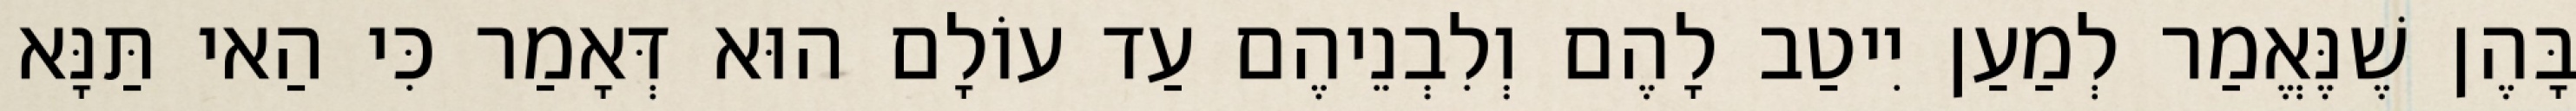
בָּהֶן שֶׁנֶּאֱמַר לְמַעַן יִיטַב לָהֶם וְלִבְנֵיהֶם עַד עוֹלָם הוּא דְּאָמַר כִּי הַאי תַּנָּא